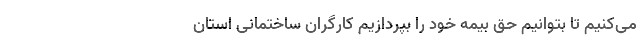
می‌کنیم تا بتوانیم حق بیمه خود را بپردازیم کارگران ساختمانی استان